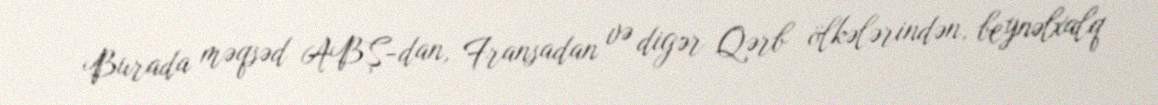
Burada məqsəd ABŞ-dan, Fransadan və digər Qərb ölkələrindən, beynəlxalq